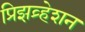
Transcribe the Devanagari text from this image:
प्रिझव्र्हेशन